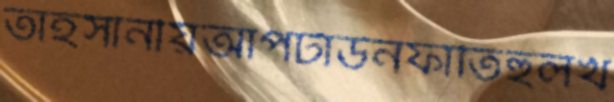
তাহসানীয়আপটাউনফাতিহুলখ